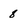
Character: 8